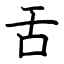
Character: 舌